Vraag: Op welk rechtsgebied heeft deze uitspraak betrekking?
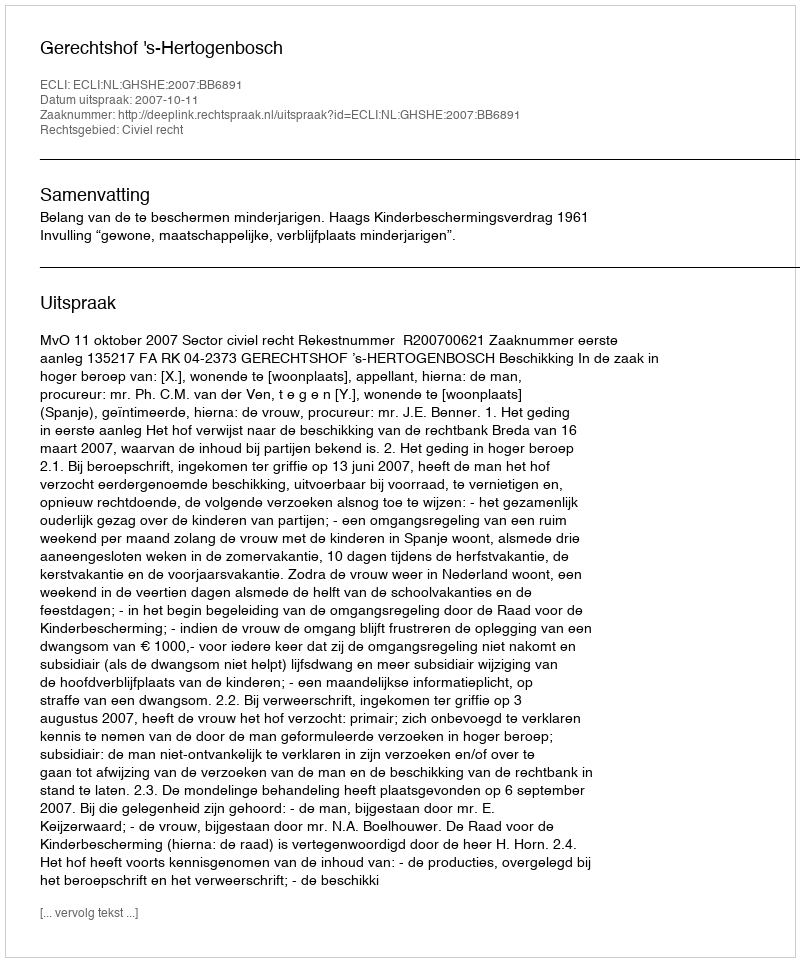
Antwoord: Civiel recht